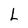
Character: L